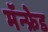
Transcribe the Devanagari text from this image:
मॅन्फ्रेड